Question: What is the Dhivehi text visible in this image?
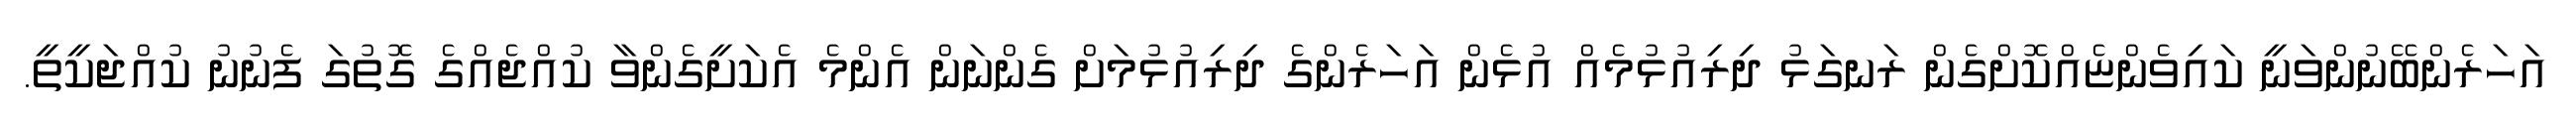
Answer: އަހަރެންބޭނުންވަނީ ކައިވެންޏެއްކޮށްގެން ރަނގަޅު ދިރިއުޅުމެއް އުޅެން އަހަރެންގެ ދިރިއުޅުމަށް ގެންނަން އެންމެ އެކަށީގެންވާ ކުއްޖެއްގެ ގޮތުގަ ފެނުނު ކުއްޖަކީތީ.